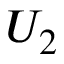
U _ { 2 }